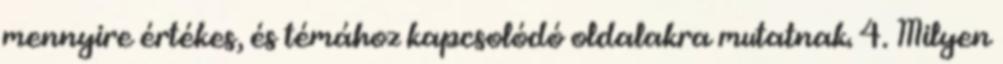
mennyire értékes, és témához kapcsolódó oldalakra mutatnak. 4. Milyen